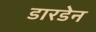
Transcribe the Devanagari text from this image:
डारडेन